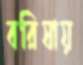
বরিষায়